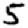
Digit: 5